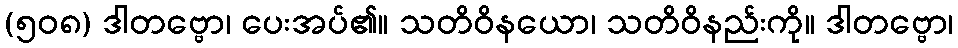
(၅၀၈) ဒါတဗ္ဗော၊ ပေးအပ်၏။ သတိဝိနယော၊ သတိဝိနည်းကို။ ဒါတဗ္ဗော၊